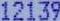
12139